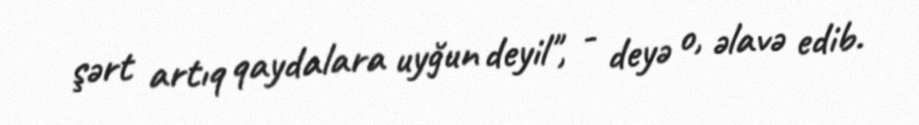
şərt artıq qaydalara uyğun deyil", - deyə o, əlavə edib.